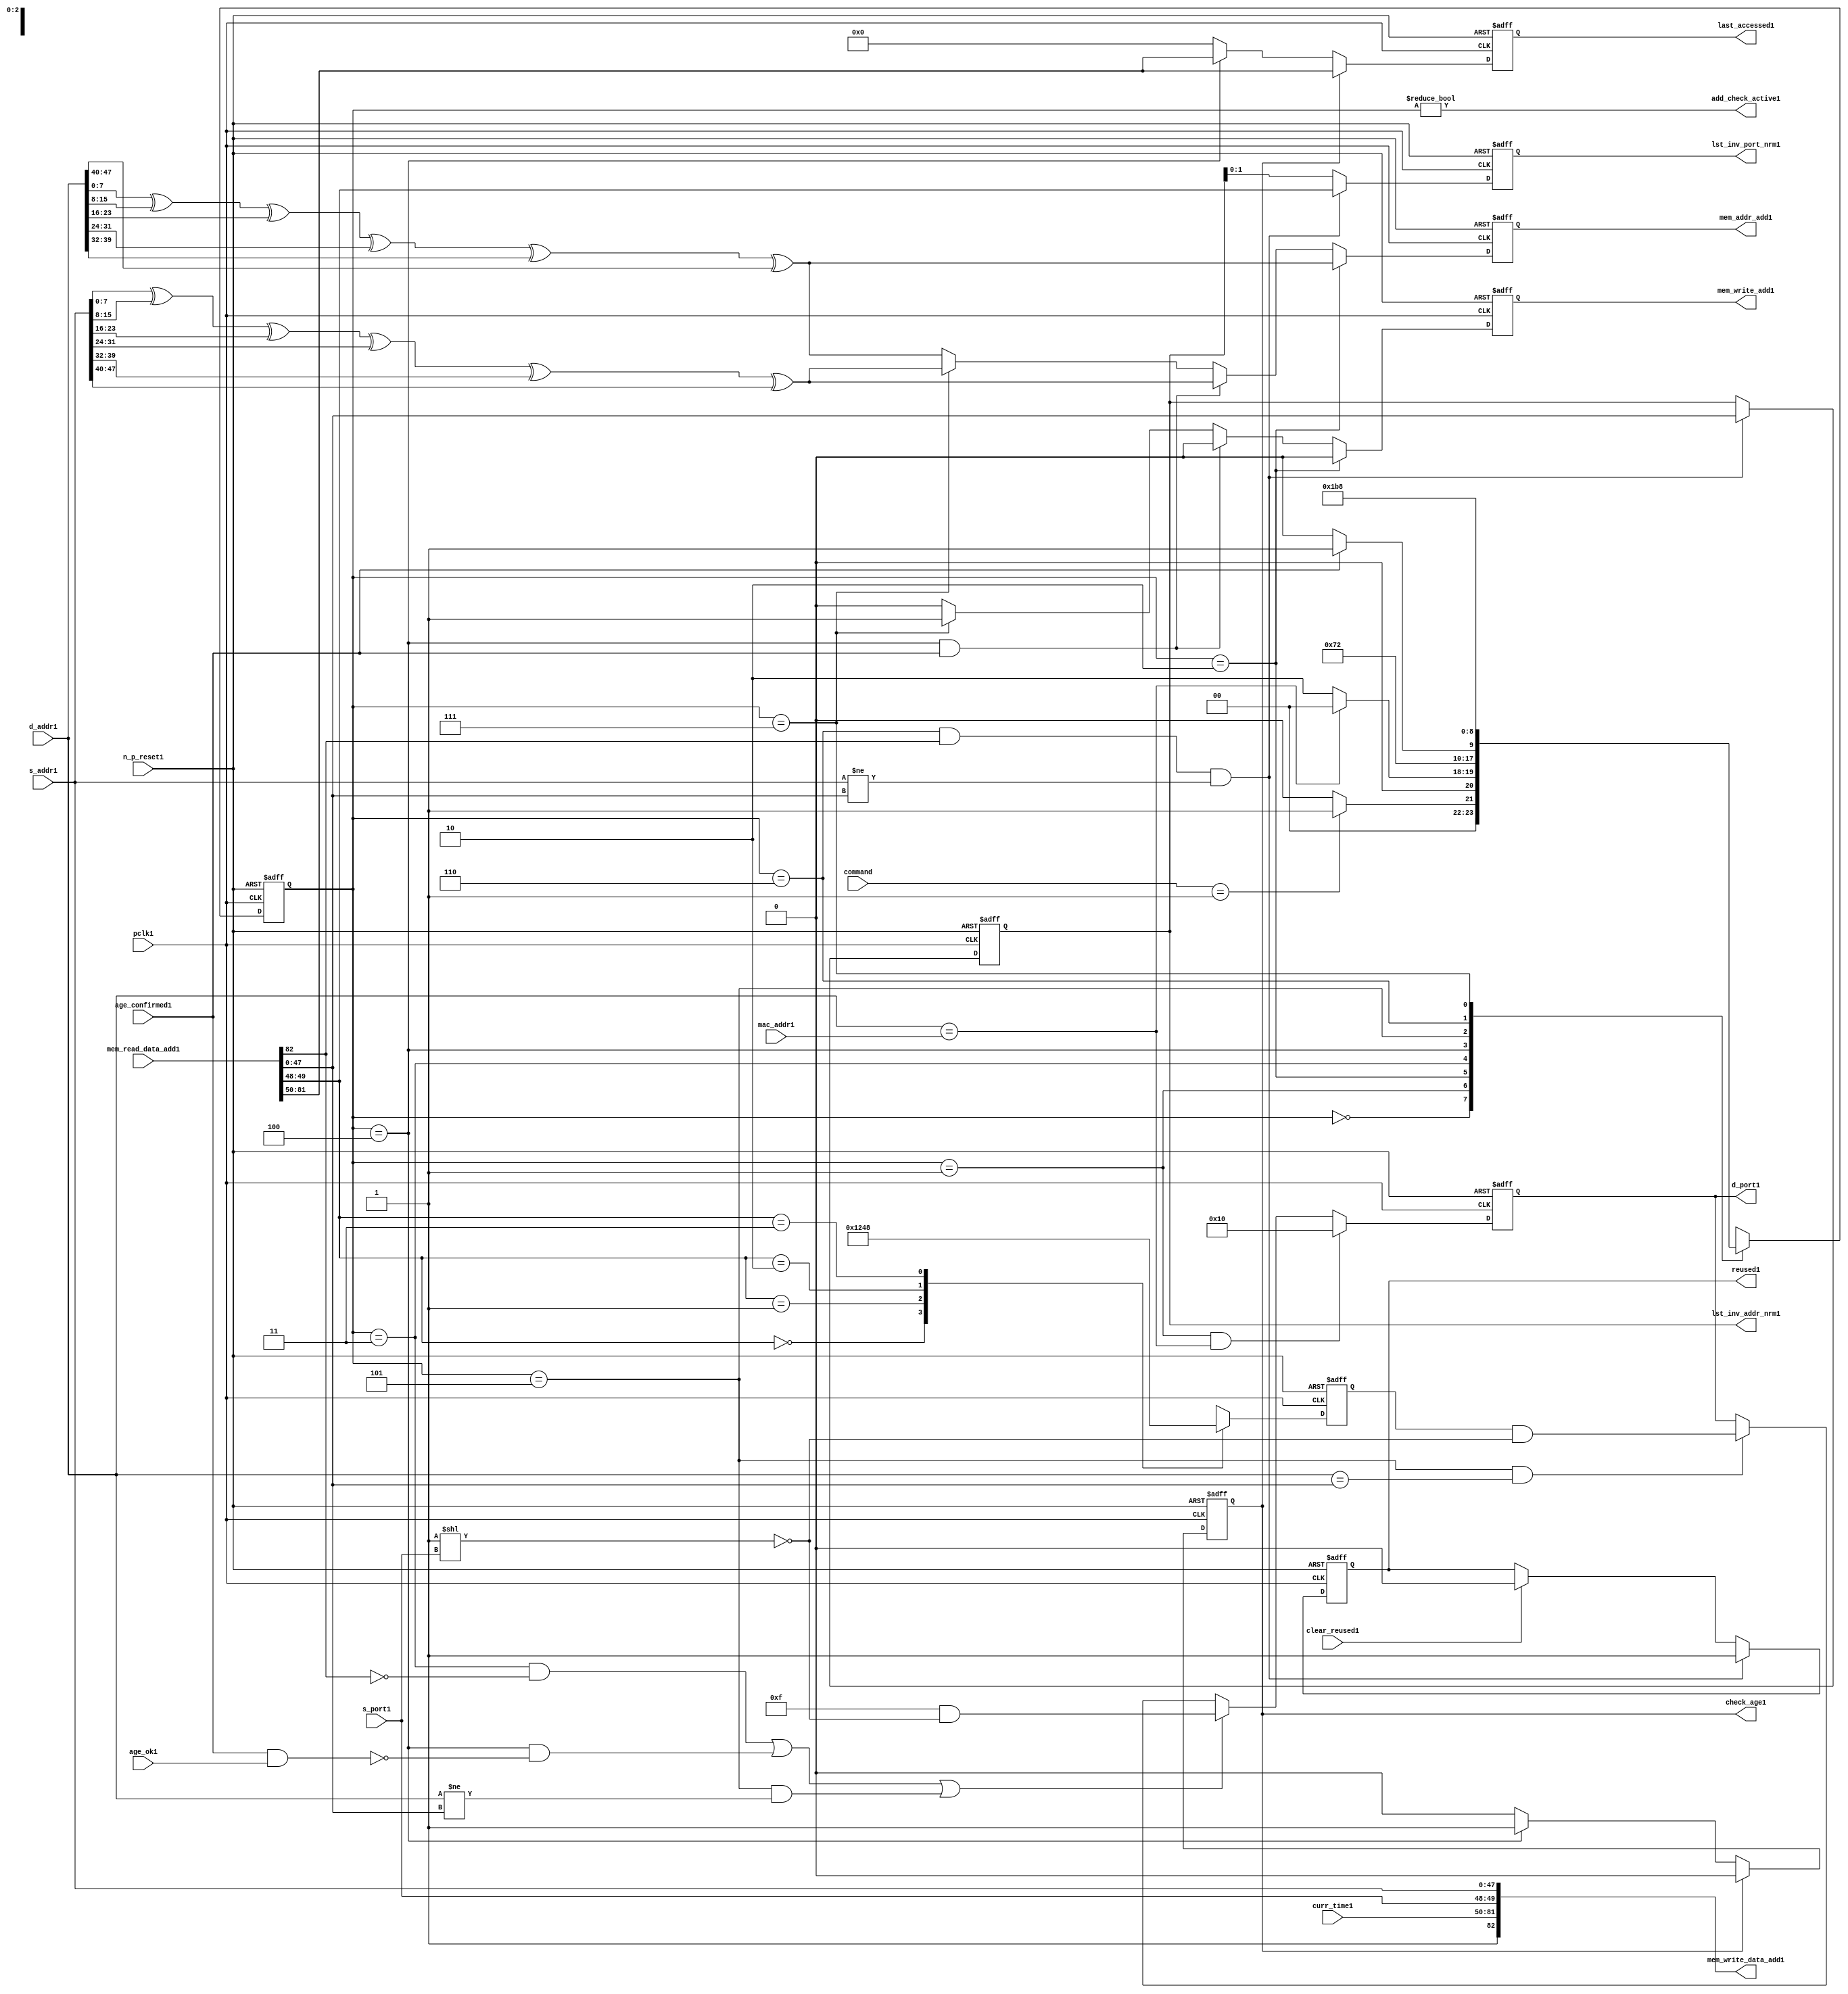
module alut_addr_checker1
(   
   // Inputs1
   pclk1,
   n_p_reset1,
   command,
   mac_addr1,
   d_addr1,
   s_addr1,
   s_port1,
   curr_time1,
   mem_read_data_add1,
   age_confirmed1,
   age_ok1,
   clear_reused1,

   //outputs1
   d_port1,
   add_check_active1,
   mem_addr_add1,
   mem_write_add1,
   mem_write_data_add1,
   lst_inv_addr_nrm1,
   lst_inv_port_nrm1,
   check_age1,
   last_accessed1,
   reused1
);



   input               pclk1;               // APB1 clock1                           
   input               n_p_reset1;          // Reset1                               
   input [1:0]         command;            // command bus                        
   input [47:0]        mac_addr1;           // address of the switch1              
   input [47:0]        d_addr1;             // address of frame1 to be checked1     
   input [47:0]        s_addr1;             // address of frame1 to be stored1      
   input [1:0]         s_port1;             // source1 port of current frame1       
   input [31:0]        curr_time1;          // current time,for storing1 in mem    
   input [82:0]        mem_read_data_add1;  // read data from mem                 
   input               age_confirmed1;      // valid flag1 from age1 checker        
   input               age_ok1;             // result from age1 checker 
   input               clear_reused1;       // read/clear flag1 for reused1 signal1           

   output [4:0]        d_port1;             // calculated1 destination1 port for tx1 
   output              add_check_active1;   // bit 0 of status register           
   output [7:0]        mem_addr_add1;       // hash1 address for R/W1 to memory     
   output              mem_write_add1;      // R/W1 flag1 (write = high1)            
   output [82:0]       mem_write_data_add1; // write data for memory             
   output [47:0]       lst_inv_addr_nrm1;   // last invalidated1 addr normal1 op    
   output [1:0]        lst_inv_port_nrm1;   // last invalidated1 port normal1 op    
   output              check_age1;          // request flag1 for age1 check
   output [31:0]       last_accessed1;      // time field sent1 for age1 check
   output              reused1;             // indicates1 ALUT1 location1 overwritten1

   reg   [2:0]         add_chk_state1;      // current address checker state
   reg   [2:0]         nxt_add_chk_state1;  // current address checker state
   reg   [4:0]         d_port1;             // calculated1 destination1 port for tx1 
   reg   [3:0]         port_mem1;           // bitwise1 conversion1 of 2bit port
   reg   [7:0]         mem_addr_add1;       // hash1 address for R/W1 to memory
   reg                 mem_write_add1;      // R/W1 flag1 (write = high1)            
   reg                 reused1;             // indicates1 ALUT1 location1 overwritten1
   reg   [47:0]        lst_inv_addr_nrm1;   // last invalidated1 addr normal1 op    
   reg   [1:0]         lst_inv_port_nrm1;   // last invalidated1 port normal1 op    
   reg                 check_age1;          // request flag1 for age1 checker
   reg   [31:0]        last_accessed1;      // time field sent1 for age1 check


   wire   [7:0]        s_addr_hash1;        // hash1 of address for storing1
   wire   [7:0]        d_addr_hash1;        // hash1 of address for checking
   wire   [82:0]       mem_write_data_add1; // write data for memory  
   wire                add_check_active1;   // bit 0 of status register           


// Parameters1 for Address Checking1 FSM1 states1
   parameter idle1           = 3'b000;
   parameter mac_addr_chk1   = 3'b001;
   parameter read_dest_add1  = 3'b010;
   parameter valid_chk1      = 3'b011;
   parameter age_chk1        = 3'b100;
   parameter addr_chk1       = 3'b101;
   parameter read_src_add1   = 3'b110;
   parameter write_src1      = 3'b111;


// -----------------------------------------------------------------------------
//   Hash1 conversion1 of source1 and destination1 addresses1
// -----------------------------------------------------------------------------
   assign s_addr_hash1 = s_addr1[7:0] ^ s_addr1[15:8] ^ s_addr1[23:16] ^
                        s_addr1[31:24] ^ s_addr1[39:32] ^ s_addr1[47:40];

   assign d_addr_hash1 = d_addr1[7:0] ^ d_addr1[15:8] ^ d_addr1[23:16] ^
                        d_addr1[31:24] ^ d_addr1[39:32] ^ d_addr1[47:40];



// -----------------------------------------------------------------------------
//   State1 Machine1 For1 handling1 the destination1 address checking process and
//   and storing1 of new source1 address and port values.
// -----------------------------------------------------------------------------
always @ (command or add_chk_state1 or age_confirmed1 or age_ok1)
   begin
      case (add_chk_state1)
      
      idle1:
         if (command == 2'b01)
            nxt_add_chk_state1 = mac_addr_chk1;
         else
            nxt_add_chk_state1 = idle1;

      mac_addr_chk1:   // check if destination1 address match MAC1 switch1 address
         if (d_addr1 == mac_addr1)
            nxt_add_chk_state1 = idle1;  // return dest1 port as 5'b1_0000
         else
            nxt_add_chk_state1 = read_dest_add1;

      read_dest_add1:       // read data from memory using hash1 of destination1 address
            nxt_add_chk_state1 = valid_chk1;

      valid_chk1:      // check if read data had1 valid bit set
         nxt_add_chk_state1 = age_chk1;

      age_chk1:        // request age1 checker to check if still in date1
         if (age_confirmed1)
            nxt_add_chk_state1 = addr_chk1;
         else
            nxt_add_chk_state1 = age_chk1; 

      addr_chk1:       // perform1 compare between dest1 and read addresses1
            nxt_add_chk_state1 = read_src_add1; // return read port from ALUT1 mem

      read_src_add1:   // read from memory location1 about1 to be overwritten1
            nxt_add_chk_state1 = write_src1; 

      write_src1:      // write new source1 data (addr and port) to memory
            nxt_add_chk_state1 = idle1; 

      default:
            nxt_add_chk_state1 = idle1;
      endcase
   end


// destination1 check FSM1 current state
always @ (posedge pclk1 or negedge n_p_reset1)
   begin
   if (~n_p_reset1)
      add_chk_state1 <= idle1;
   else
      add_chk_state1 <= nxt_add_chk_state1;
   end



// -----------------------------------------------------------------------------
//   Generate1 returned value of port for sending1 new frame1 to
// -----------------------------------------------------------------------------
always @ (posedge pclk1 or negedge n_p_reset1)
   begin
   if (~n_p_reset1)
      d_port1 <= 5'b0_1111;
   else if ((add_chk_state1 == mac_addr_chk1) & (d_addr1 == mac_addr1))
      d_port1 <= 5'b1_0000;
   else if (((add_chk_state1 == valid_chk1) & ~mem_read_data_add1[82]) |
            ((add_chk_state1 == age_chk1) & ~(age_confirmed1 & age_ok1)) |
            ((add_chk_state1 == addr_chk1) & (d_addr1 != mem_read_data_add1[47:0])))
      d_port1 <= 5'b0_1111 & ~( 1 << s_port1 );
   else if ((add_chk_state1 == addr_chk1) & (d_addr1 == mem_read_data_add1[47:0]))
      d_port1 <= {1'b0, port_mem1} & ~( 1 << s_port1 );
   else
      d_port1 <= d_port1;
   end


// -----------------------------------------------------------------------------
//   convert read port source1 value from 2bits to bitwise1 4 bits
// -----------------------------------------------------------------------------
always @ (posedge pclk1 or negedge n_p_reset1)
   begin
   if (~n_p_reset1)
      port_mem1 <= 4'b1111;
   else begin
      case (mem_read_data_add1[49:48])
         2'b00: port_mem1 <= 4'b0001;
         2'b01: port_mem1 <= 4'b0010;
         2'b10: port_mem1 <= 4'b0100;
         2'b11: port_mem1 <= 4'b1000;
      endcase
   end
   end
   


// -----------------------------------------------------------------------------
//   Set active bit of status, decoded1 off1 add_chk_state1
// -----------------------------------------------------------------------------
assign add_check_active1 = (add_chk_state1 != 3'b000);


// -----------------------------------------------------------------------------
//   Generate1 memory addressing1 signals1.
//   The check address command will be taken1 as the indication1 from SW1 that the 
//   source1 fields (address and port) can be written1 to memory. 
// -----------------------------------------------------------------------------
always @ (posedge pclk1 or negedge n_p_reset1)
   begin
   if (~n_p_reset1) 
   begin
       mem_write_add1 <= 1'b0;
       mem_addr_add1  <= 8'd0;
   end
   else if (add_chk_state1 == read_dest_add1)
   begin
       mem_write_add1 <= 1'b0;
       mem_addr_add1  <= d_addr_hash1;
   end
// Need1 to set address two1 cycles1 before check
   else if ( (add_chk_state1 == age_chk1) && age_confirmed1 )
   begin
       mem_write_add1 <= 1'b0;
       mem_addr_add1  <= s_addr_hash1;
   end
   else if (add_chk_state1 == write_src1)
   begin
       mem_write_add1 <= 1'b1;
       mem_addr_add1  <= s_addr_hash1;
   end
   else
   begin
       mem_write_add1 <= 1'b0;
       mem_addr_add1  <= d_addr_hash1;
   end
   end


// -----------------------------------------------------------------------------
//   Generate1 databus1 for writing to memory
//   Data written1 to memory from address checker will always be valid
// -----------------------------------------------------------------------------
assign mem_write_data_add1 = {1'b1, curr_time1, s_port1, s_addr1};



// -----------------------------------------------------------------------------
//   Evaluate1 read back data that is about1 to be overwritten1 with new source1 
//   address and port values. Decide1 whether1 the reused1 flag1 must be set and
//   last_inval1 address and port values updated.
//   reused1 needs1 to be implemented as read and clear
// -----------------------------------------------------------------------------
always @ (posedge pclk1 or negedge n_p_reset1)
   begin
   if (~n_p_reset1) 
   begin
      reused1 <= 1'b0;
      lst_inv_addr_nrm1 <= 48'd0;
      lst_inv_port_nrm1 <= 2'd0;
   end
   else if ((add_chk_state1 == read_src_add1) & mem_read_data_add1[82] &
            (s_addr1 != mem_read_data_add1[47:0]))
   begin
      reused1 <= 1'b1;
      lst_inv_addr_nrm1 <= mem_read_data_add1[47:0];
      lst_inv_port_nrm1 <= mem_read_data_add1[49:48];
   end
   else if (clear_reused1)
   begin
      reused1 <= 1'b0;
      lst_inv_addr_nrm1 <= lst_inv_addr_nrm1;
      lst_inv_port_nrm1 <= lst_inv_addr_nrm1;
   end
   else 
   begin
      reused1 <= reused1;
      lst_inv_addr_nrm1 <= lst_inv_addr_nrm1;
      lst_inv_port_nrm1 <= lst_inv_addr_nrm1;
   end
   end


// -----------------------------------------------------------------------------
//   Generate1 signals1 for age1 checker to perform1 in-date1 check
// -----------------------------------------------------------------------------
always @ (posedge pclk1 or negedge n_p_reset1)
   begin
   if (~n_p_reset1) 
   begin
      check_age1 <= 1'b0;  
      last_accessed1 <= 32'd0;
   end
   else if (check_age1)
   begin
      check_age1 <= 1'b0;  
      last_accessed1 <= mem_read_data_add1[81:50];
   end
   else if (add_chk_state1 == age_chk1)
   begin
      check_age1 <= 1'b1;  
      last_accessed1 <= mem_read_data_add1[81:50];
   end
   else 
   begin
      check_age1 <= 1'b0;  
      last_accessed1 <= 32'd0;
   end
   end


`ifdef ABV_ON1

// psl1 default clock1 = (posedge pclk1);

// ASSERTION1 CHECKS1
/* Commented1 out as also checking in toplevel1
// it should never be possible1 for the destination1 port to indicate1 the MAC1
// switch1 address and one of the other 4 Ethernets1
// psl1 assert_valid_dest_port1 : assert never (d_port1[4] & |{d_port1[3:0]});


// COVER1 SANITY1 CHECKS1
// check all values of destination1 port can be returned.
// psl1 cover_d_port_01 : cover { d_port1 == 5'b0_0001 };
// psl1 cover_d_port_11 : cover { d_port1 == 5'b0_0010 };
// psl1 cover_d_port_21 : cover { d_port1 == 5'b0_0100 };
// psl1 cover_d_port_31 : cover { d_port1 == 5'b0_1000 };
// psl1 cover_d_port_41 : cover { d_port1 == 5'b1_0000 };
// psl1 cover_d_port_all1 : cover { d_port1 == 5'b0_1111 };
*/
`endif


endmodule